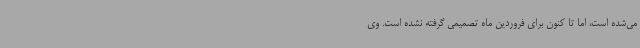
می‌شده است، اما تا کنون برای فروردین ماه تصمیمی گرفته نشده است. وی